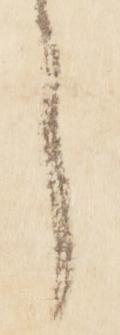
言